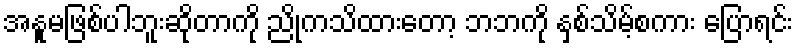
အနူမဖြစ်ပါဘူးဆိုတာကို ညိုကသိထားတော့ ဘဘကို နှစ်သိမ့်စကား ပြောရင်း